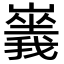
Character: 𡽥